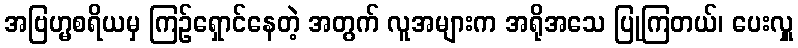
အဗြဟ္မစရိယမှ ကြဉ်ရှောင်နေတဲ့ အတွက် လူအများက အရိုအသေ ပြုကြတယ်၊ ပေးလှူ